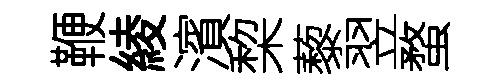
鞭綾濱棃藜翌蝥